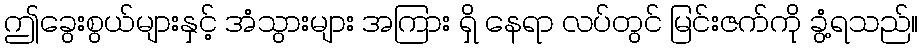
ဤခွေးစွယ်များနှင့် အံသွားများ အကြား ရှိ နေရာ လပ်တွင် မြင်းဇက်ကို ခွံ့ရသည်။